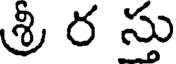
శ్రీ ర స్తు